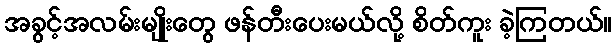
အခွင့်အလမ်းမျိုးတွေ ဖန်တီးပေးမယ်လို့ စိတ်ကူး ခဲ့ကြတယ်။